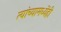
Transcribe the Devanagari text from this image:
त्यांच्यामध्येंही